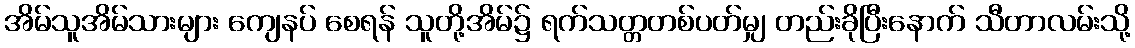
အိမ်သူအိမ်သားများ ကျေနပ် စေရန် သူတို့အိမ်၌ ရက်သတ္တတစ်ပတ်မျှ တည်းခိုပြီးနောက် သီတာလမ်းသို့